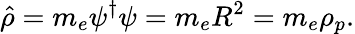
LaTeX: \hat{\rho}=m_{e}\psi^{\dagger}\psi=m_{e}R^{2}=m_{e}\rho_{p}.